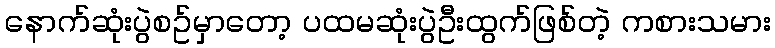
နောက်ဆုံးပွဲစဥ်မှာတော့ ပထမဆုံးပွဲဦးထွက်ဖြစ်တဲ့ ကစားသမား